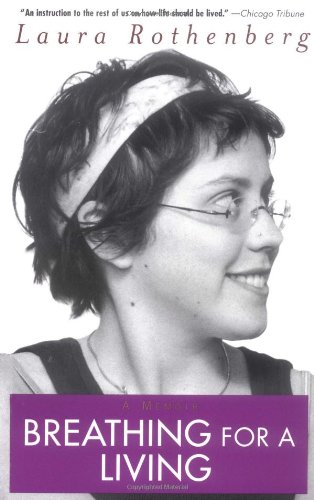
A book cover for Breathing For a Living: A Memoir; Laura Rothenberg; Health, Fitness & Dieting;